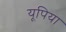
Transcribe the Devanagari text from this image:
यूपिया